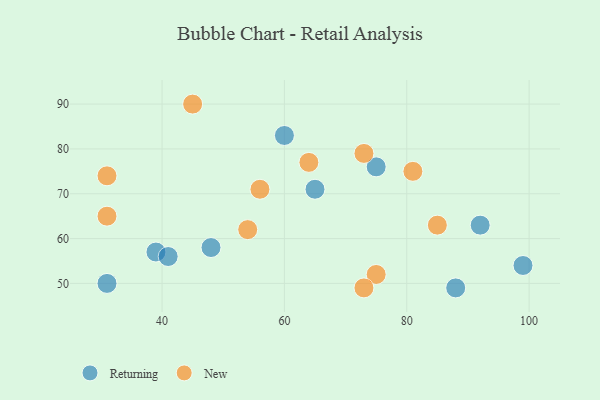
{"axis": {"x": "GDP", "y": "Life Expectancy"}, "legend": ["New", "Returning"], "data": [{"x": "88", "y": 49, "type": "Returning"}, {"x": "65", "y": 71, "type": "Returning"}, {"x": "31", "y": 50, "type": "Returning"}, {"x": "92", "y": 63, "type": "Returning"}, {"x": "39", "y": 57, "type": "Returning"}, {"x": "41", "y": 56, "type": "Returning"}, {"x": "48", "y": 58, "type": "Returning"}, {"x": "60", "y": 83, "type": "Returning"}, {"x": "75", "y": 76, "type": "Returning"}, {"x": "99", "y": 54, "type": "Returning"}, {"x": "31", "y": 65, "type": "New"}, {"x": "45", "y": 90, "type": "New"}, {"x": "54", "y": 62, "type": "New"}, {"x": "85", "y": 63, "type": "New"}, {"x": "81", "y": 75, "type": "New"}, {"x": "75", "y": 52, "type": "New"}, {"x": "56", "y": 71, "type": "New"}, {"x": "64", "y": 77, "type": "New"}, {"x": "31", "y": 74, "type": "New"}, {"x": "73", "y": 79, "type": "New"}, {"x": "73", "y": 49, "type": "New"}]}